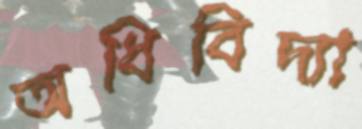
অধিবিদ্যা